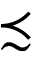
\precsim